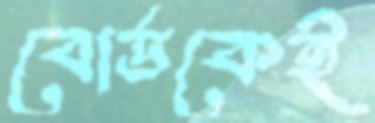
বোর্ডকেই